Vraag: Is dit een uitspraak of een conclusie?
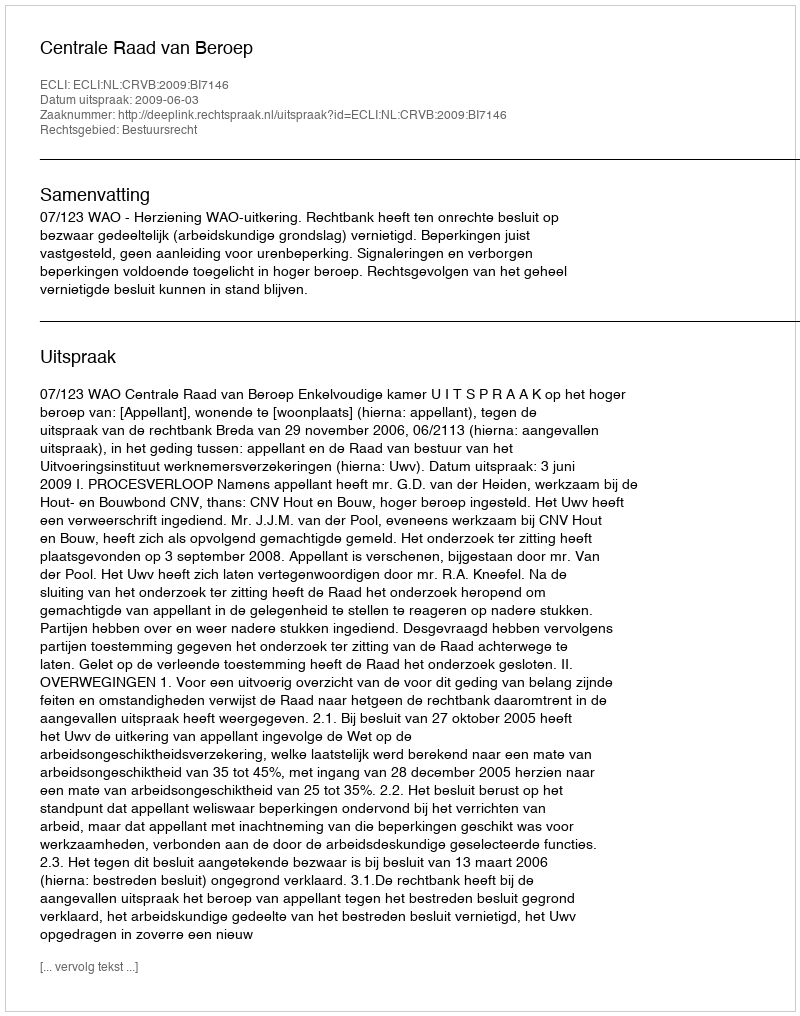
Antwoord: Uitspraak